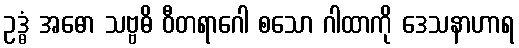
ဥဒ္ဓံ အဓော သဗ္ဗဓိ ဝီတရာဂေါ စသော ဂါထာကို ဒေသနာဟာရ